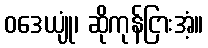
ဝဒေယျုံ၊ ဆိုကုန်ငြားအံ့။